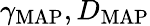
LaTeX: \gamma_{\mathrm{MAP}},D_{\mathrm{MAP}}